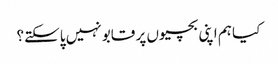
کیا ہم اپنی بچیوں پر قابو نہیں پاسکتے؟